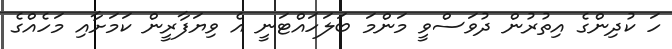
ހަ ކުދިންގެ އިތުރުން ދުވަސްވީ މަންމަ ބަލަހައްޓަނީ އެ ވިޔަފާރީން ކަމަށާއި މަހެއްގެ